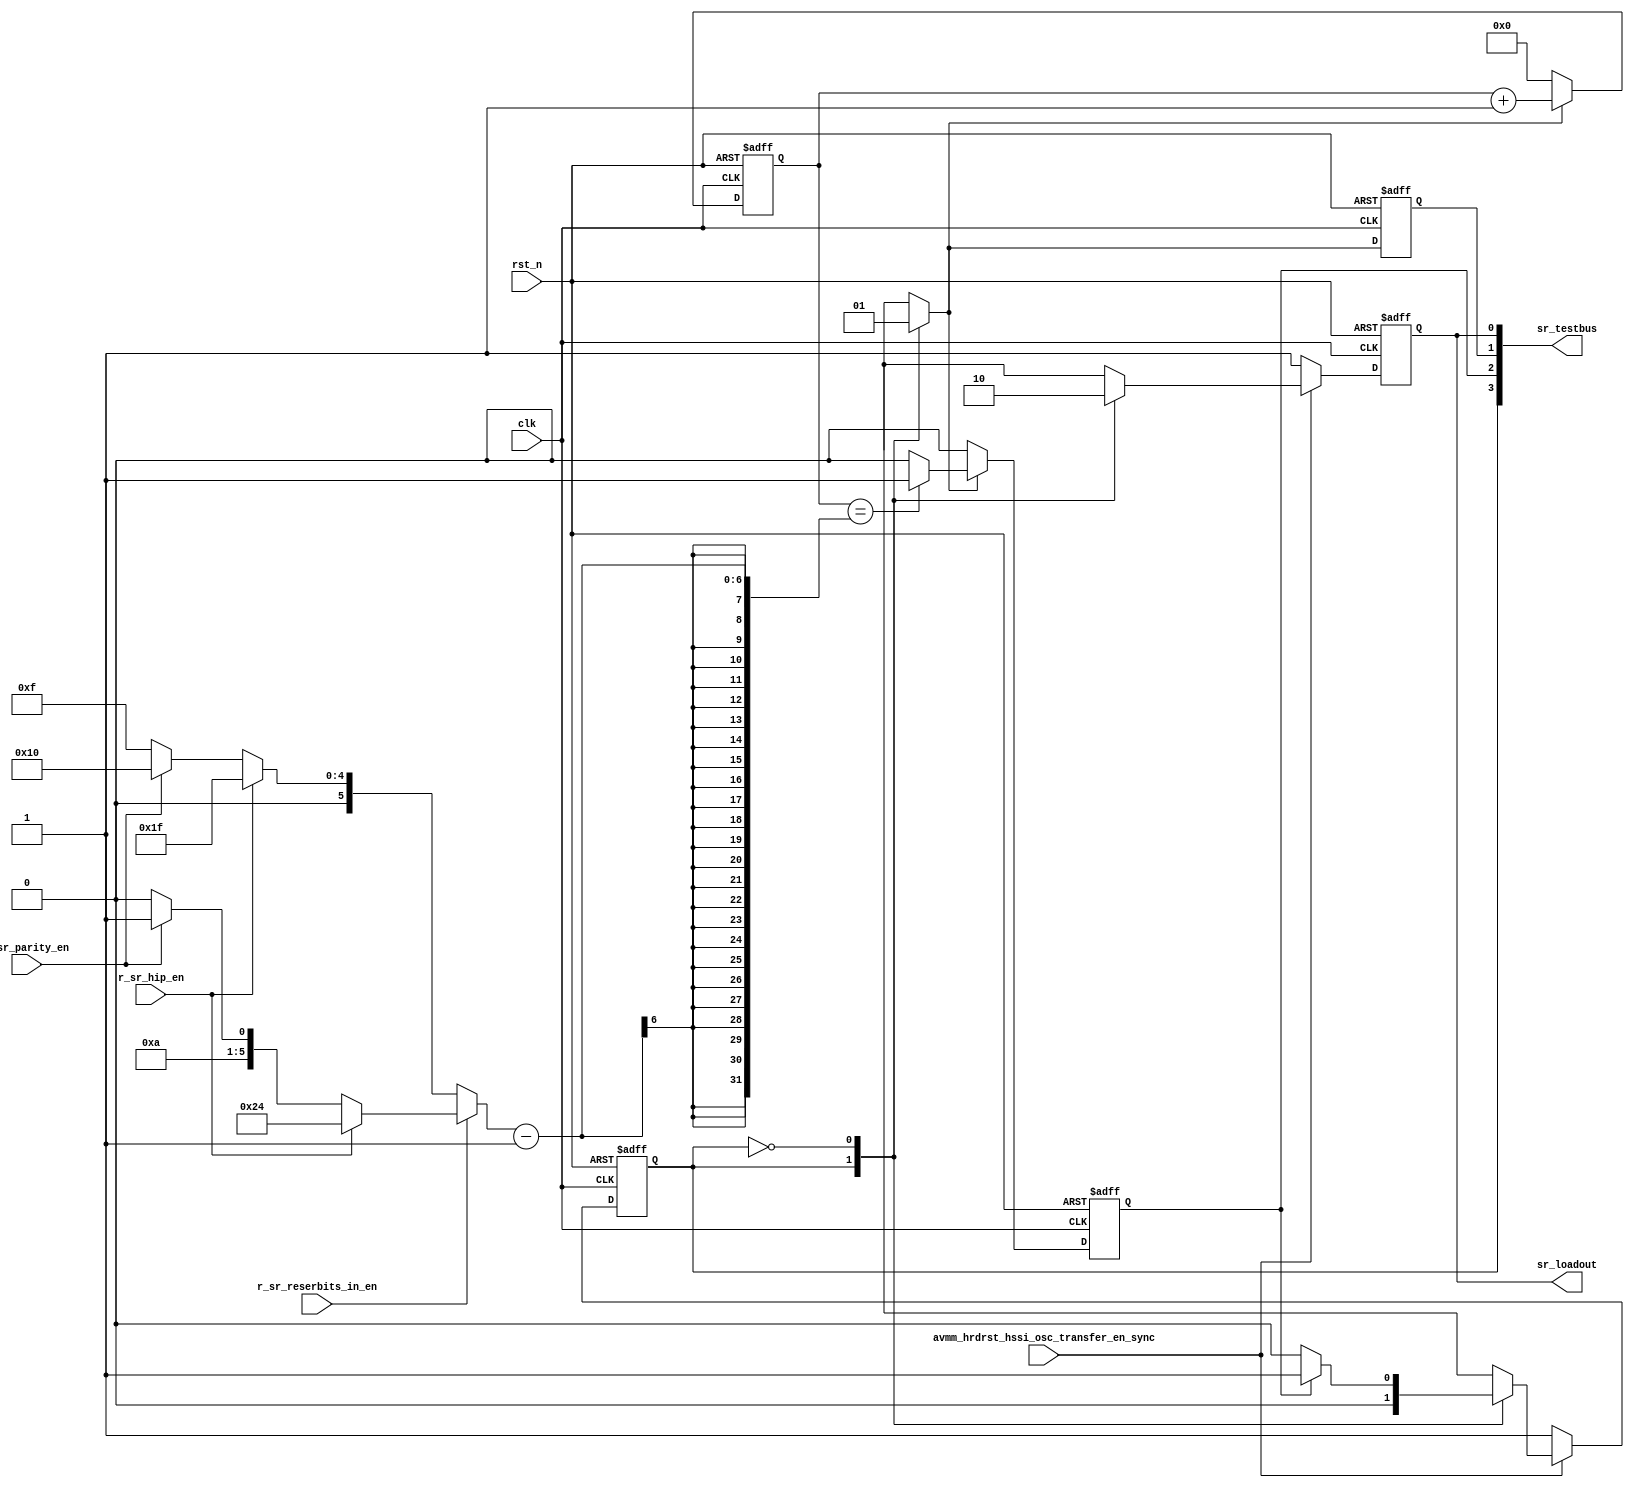
// This program was cloned from: https://github.com/intel/aib-phy-hardware
// License: Apache License 2.0

// SPDX-License-Identifier: Apache-2.0
// Copyright (C) 2019 Intel Corporation. All rights reserved
module c3aibadapt_sr_sm 
 #(
    parameter NUM_OF_PCS_CHAIN   = 7'd16,
    parameter NUM_OF_HIP_CHAIN   = 7'd16,
    parameter NUM_OF_PARITY_IN   = 7'd1,
    parameter NUM_OF_RESERVED_CHAIN_SSRIN = 7'd5
  )
(
input wire  clk,
input wire  rst_n,
input wire  r_sr_hip_en,
input wire  r_sr_parity_en,
input wire  r_sr_reserbits_in_en,
input wire  avmm_hrdrst_hssi_osc_transfer_en_sync,

output wire [3:0] sr_testbus,
output reg  sr_loadout
);


localparam SR_LOAD  = 1'b1;
localparam SR_SHIFT = 1'b0; 

reg sr_ns;
reg sr_cs;
reg sr_loadout_comb;

reg sr_counter_expired;
reg sr_count_start_comb;
reg sr_count_start;
reg  [6:0] sr_counter;
wire [6:0] sr_counter_target;

assign sr_testbus = {sr_cs, sr_counter_expired, sr_count_start, sr_loadout};

assign sr_counter_target = (!r_sr_reserbits_in_en) ? (r_sr_hip_en ? (NUM_OF_PCS_CHAIN + NUM_OF_HIP_CHAIN - 1) : !r_sr_parity_en ? (NUM_OF_PCS_CHAIN - 1) : (NUM_OF_PARITY_IN + NUM_OF_PCS_CHAIN - 1)) :
                                                     (r_sr_hip_en ? (NUM_OF_PCS_CHAIN + NUM_OF_HIP_CHAIN + NUM_OF_RESERVED_CHAIN_SSRIN - 1) : 
                                                                    !r_sr_parity_en ? (NUM_OF_PCS_CHAIN + NUM_OF_RESERVED_CHAIN_SSRIN - 1) : (NUM_OF_PARITY_IN + NUM_OF_PCS_CHAIN + NUM_OF_RESERVED_CHAIN_SSRIN - 1));


always @(*) begin
  sr_ns = sr_cs;
  sr_loadout_comb = 1'b0;
  sr_count_start_comb = 1'b0;
 
  case (sr_cs)
    SR_LOAD: 
      begin
         sr_loadout_comb      = 1'b1;
         sr_count_start_comb  = 1'b0;
         sr_ns                = SR_SHIFT;
      end
    SR_SHIFT:
      begin
         sr_loadout_comb      = 1'b0;
         sr_count_start_comb  = 1'b1;
         if (sr_counter_expired == 1'b1) 
         begin 
             sr_ns      = SR_LOAD;
         end
      end
    default: 
      begin
         sr_loadout_comb     = 1'b1;
         sr_count_start_comb = 1'b0;
         sr_ns               = SR_LOAD;
      end
  endcase
end


always @(negedge rst_n or posedge clk)
  if (rst_n == 1'b0)
    begin
       sr_loadout <= 1'b1;
       sr_cs      <= SR_LOAD;
    end
  else if (avmm_hrdrst_hssi_osc_transfer_en_sync == 1'b0)
    begin
       sr_loadout <= 1'b1;
       sr_cs      <= SR_LOAD;
    end
  else
    begin
       sr_loadout <= sr_loadout_comb;
       sr_cs      <= sr_ns;
    end

    
always @(negedge rst_n or posedge clk)
  if (rst_n == 1'b0)
    begin
      sr_counter <= 7'b000_0000;
      sr_counter_expired <= 1'b0;
      sr_count_start <= 1'b0; 
    end
  else
    begin
       sr_count_start <= sr_count_start_comb;
       if (sr_count_start_comb == 1'b1) begin
           sr_counter <= sr_counter + 7'b000_0001;
           sr_counter_expired <= (sr_counter[6:0] == (sr_counter_target[6:0]-1))? 1'b1: 1'b0;
       end
       else begin
           sr_counter <= 7'b000_0000;
           sr_counter_expired <= 1'b0;
       end
    end

endmodule